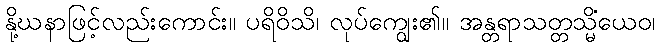
နို့ဃနာဖြင့်လည်းကောင်း။ ပရိဝိသိ၊ လုပ်ကျွေး၏။ အန္တရာသတ္တသ္မိံယေဝ၊